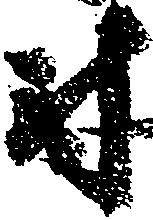
尉